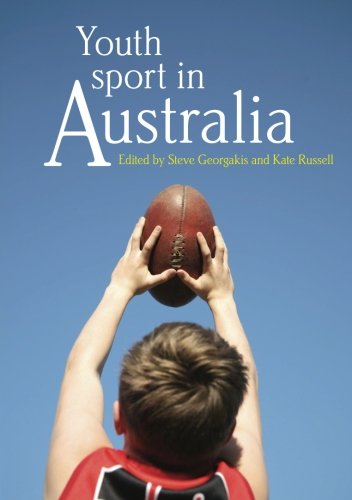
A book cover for Youth sport in Australia; Sports & Outdoors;